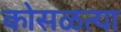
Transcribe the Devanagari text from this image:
कोसळत्या